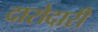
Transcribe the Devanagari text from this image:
दारोदारी